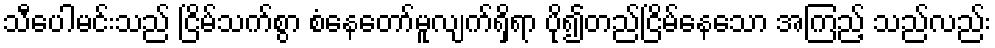
သီပေါမင်းသည် ငြိမ်သက်စွာ စံနေတော်မူလျက်ရှိရာ ပို၍တည်ငြိမ်နေသော အကြည့် သည်လည်း